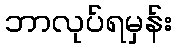
ဘာလုပ်ရမှန်း